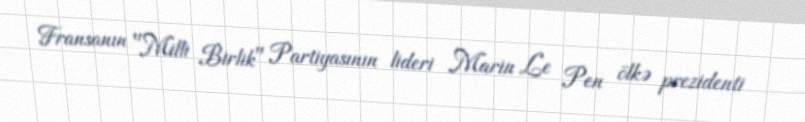
Fransanın "Milli Birlik" Partiyasının lideri Marin Le Pen ölkə prezidenti